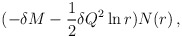
\begin{align*}(-\delta M-\frac{1}{2}\delta Q^{2}\ln r)N(r)\,, \end{align*}